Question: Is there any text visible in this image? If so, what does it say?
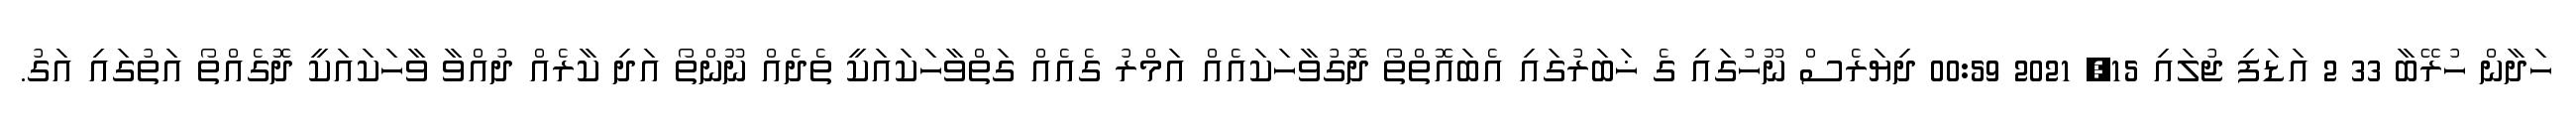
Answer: ހަދާން ހުރޭބާ 33 2 އަޑަފި ޖުލައި 15, 2021 00:59 ދިޔަރެސް ނޫހުގައި ގެ ޚަބަރުގައި އެބައޮތްތޯ ދޮގުވާހަކައެއް އަމްރު ގެއެއް ގަތްވާހަކައަކީ ތެދެއް ނޫންތޯ އަދި ކާރެއް ދުއްވާ ވާހަކައަކީ ދޮގެއްތޯ އަތުގައި އަގު.